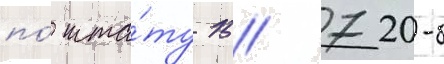
по́ шта́ту 15/ 720-б